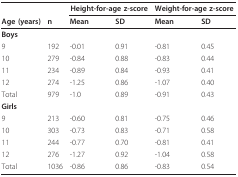
|  |  | <COLSPAN=2> Height-for-age z-score | <COLSPAN=2> Weight-for-age z-score |
 | Age (years) | n | Mean | SD | Mean | SD |
 | --- | --- | --- | --- | --- | --- |
 | Boys |  |  |  |  |  |
 | 9 | 192 | -0.01 | 0.91 | -0.81 | 0.45 |
 | 10 | 279 | -0.84 | 0.88 | -0.83 | 0.44 |
 | 11 | 234 | -0.89 | 0.84 | -0.93 | 0.41 |
 | 12 | 274 | -1.25 | 0.86 | -1.07 | 0.40 |
 | Total | 979 | -1.0 | 0.89 | -0.91 | 0.43 |
 | Girls |  |  |  |  |  |
 | 9 | 213 | -0.60 | 0.81 | -0.75 | 0.46 |
 | 10 | 303 | -0.73 | 0.83 | -0.71 | 0.58 |
 | 11 | 244 | -0.77 | 0.70 | -0.81 | 0.41 |
 | 12 | 276 | -1.27 | 0.92 | -1.04 | 0.58 |
 | Total | 1036 | -0.86 | 0.86 | -0.83 | 0.54 |